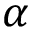
\alpha